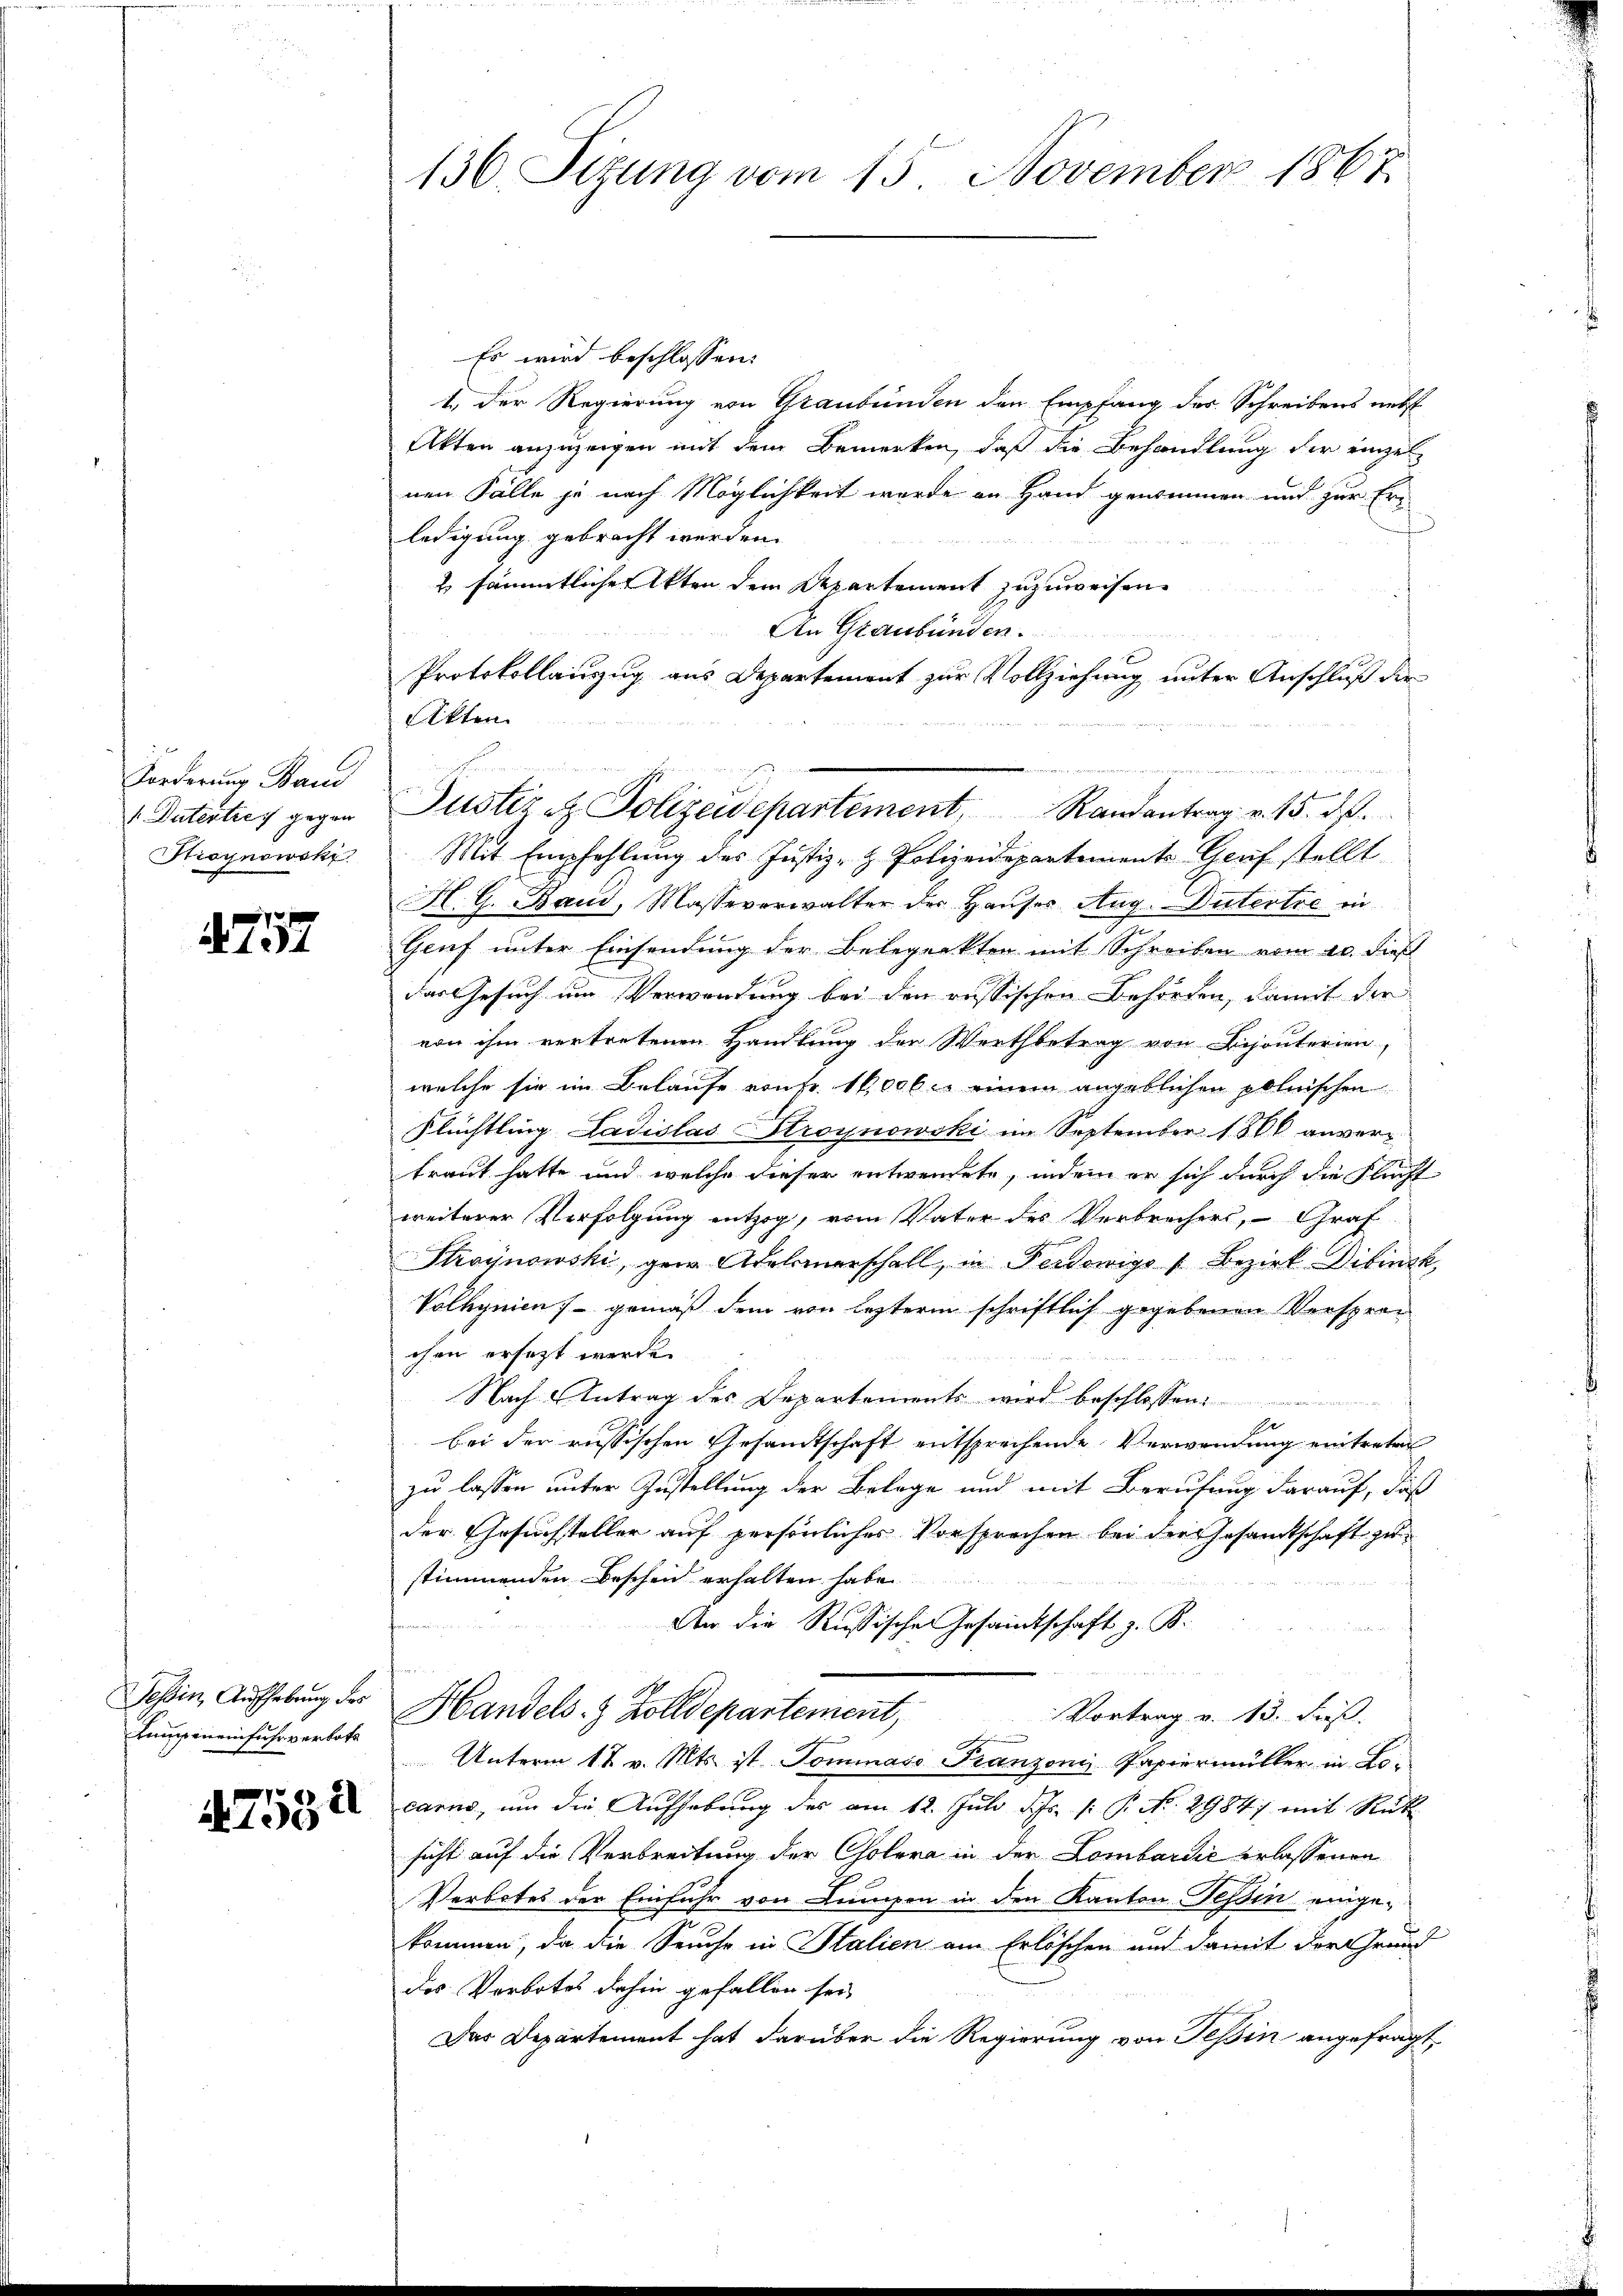
Forderung Band
 Dutertres gegen
Stroynowski

§. 757

Kamineinfuhrverbote

4753

136 Sizung vom 15. November 1867.

Es wird beschlossen:
1. Der Regierung von Graubünden den Empfang der Schreibens nebst
Akten anzuzeigen mit dem Bemerken, daß die Behandlung der einzel-
nen Fälle je nach Möglichkeit wurde an Hand genommen und zur Erledigung gebracht werden.
2 sämmtlicher Akten dem Repartement zuzuweisen.
An Graubünde
Protokollanzzug aus Departement zur Vollziehung unter Anschluß der
14
e
Mit Empfehlung des Justiz- & Polizeidepartement Genf stellt
H. G. Band, Masseverwalter der Hauses Aug. Dutertre in
Gruf unter Einsendung der Belegenkten mit Schreiben vom 20. dies
das Gesuch um Verwendung bei den russischen Behörden, damit der
von ihm vertretenen Handlung der Werthbetrag von Bijouterien
welche sie im Belaufe von Fr. 10,000 l. einem angeblichen polnischen
Flüchtling Ladislas Stroynowski im September 1800 anvertraut hatte und welche dieser entwendete, indem er sich durch die Flucht
weiterer Verfolgung entzog, vom Vater des Verbrechers, Graf
Stroynowski, gen Adelsmarschall, in Ferdowigs Bezirk Dibinsk
Volhynien - gemäß dem von lezterm schriftlich gegebenen Versprachen ersezt werde.
Nach Antrag des Departements wird beschlossen:
Er
bei der russischen Gesandtschaft entsprechende Verwendung eintreten
zu lassen unter Zustellung der Belege und mit Berufung darauf, daß
der Gesuchsteller auf persönliches Vorsprechen bei der Gesandtschaft zu
stimmenden Beschen erhalten habe.
An die Russische Gesamtschaft z. B.
Tessin, Aufhebung der Handels- & Zolldepartement,
Vortrag v. 13. Fuß.
Unterm 12 v. Mts. ist. Dominaro Franzonis Papiermüller in Locarno, um die Aufhebung des am 12. Juli d. Js. v. P. No. 2984) mit Rück
sicht auf die Verbreitung der Cholera in der Lombardić erlassenen
Verbotes der Einfuhr von Lumpen in den Kanton Tessin einge-
e
kommen, da die Seuche in Italien am Erlöschen und damit der Grund
des Verbotes dahin gefallen sei,
Das Departement hat darüber die Regierung von Tessin angefragt,

Akten.
s

e
d
Justiz- & Polizeidepartement Randantrag v. 13. ds.